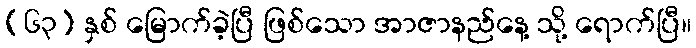
(၆၃) နှစ် မြောက်ခဲ့ပြီ ဖြစ်သော အာဇာနည်နေ့ သို့ ရောက်ပြီ။